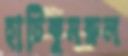
হাটিকুমরুল